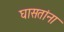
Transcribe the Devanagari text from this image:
घासतांना